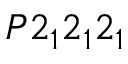
P 2 _ { 1 } 2 _ { 1 } 2 _ { 1 }